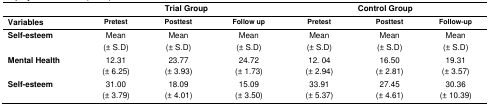
<table><thead><tr><td></td><td colspan="3"><b>Trial Group</b></td><td colspan="3"><b>Control Group</b></td></tr><tr><td><b>Variables</b></td><td><b>Pretest</b></td><td><b>Posttest</b></td><td><b>Follow up</b></td><td><b>Pretest</b></td><td><b>Posttest</b></td><td><b>Follow-up</b></td></tr></thead><tbody><tr><td><b>Self-esteem</b></td><td>Mean(± S.D)</td><td>Mean(± S.D)</td><td>Mean(± S.D)</td><td>Mean(± S.D)</td><td>Mean(± S.D)</td><td>Mean(± S.D)</td></tr><tr><td><b>Mental Health</b></td><td>12.31(± 6.25)</td><td>23.77(± 3.93)</td><td>24.72(± 1.73)</td><td>12. 04(± 2.94)</td><td>16.50(± 2.81)</td><td>19.31(± 3.57)</td></tr><tr><td><b>Self-esteem</b></td><td>31.00(± 3.79)</td><td>18.09(± 4.01)</td><td>15.09(± 3.50)</td><td>33.91(± 5.37)</td><td>27.45(± 4.61)</td><td>30.36(± 10.39)</td></tr></tbody></table>